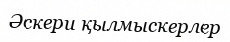
Әскери қылмыскерлер